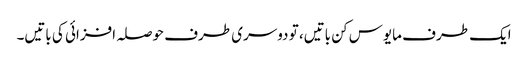
ایک طرف مایوس کن باتیں، تو دوسری طرف حوصلہ افزائی کی باتیں۔